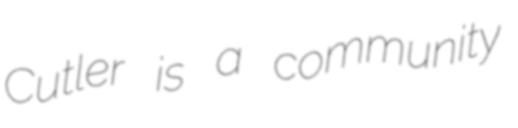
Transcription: Cutler is a community